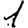
Digit: 1